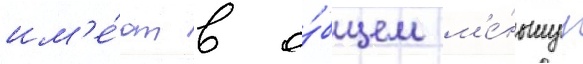
им'е́ют в о́бщем м'е́ньшуу